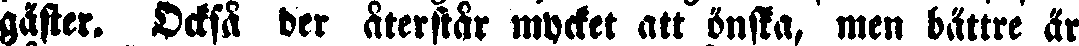
gäster. Ocksä der återstår mycket att önska, men bättre är